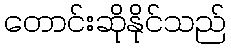
တောင်းဆိုနိုင်သည်